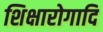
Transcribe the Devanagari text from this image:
शिक्षारोगादि